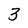
Character: 3